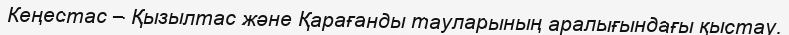
Кеңестас – Қызылтас және Қарағанды тауларының аралығындағы қыстау.